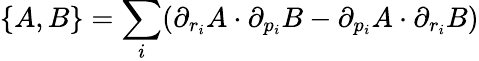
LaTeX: \{ A,B\} =\sum_{i}(\partial_{r_{i}}A\cdot\partial_{p_{i}}B-\partial_{p_{i}}A\cdot\partial_{r_{i}}B)